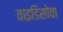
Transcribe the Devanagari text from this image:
वाइडिसोवा